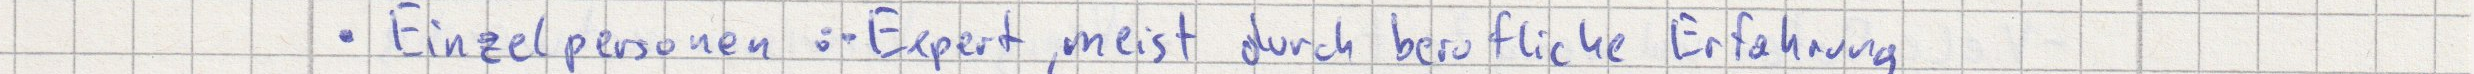
Einzelpersonen : Expert, meist durch berufliche Erfahrung